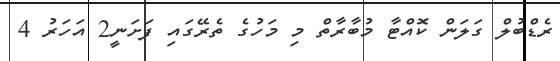
ރެޑްބުލް ގަލަން ކޮއްޓާ މުބާރާތް މި މަހުގެ ތެރޭގައި ފަށަނީ2 އަހަރު 4